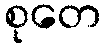
စုတေ